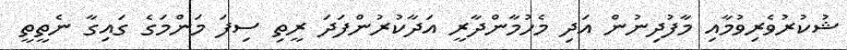
ޝުކުރުވެރިވުމާއި މާފުދިނުން އަދި މެހުމާންދާރީ އަދާކުރުންފަދަ ރީތި ސިފަ މަންމަގެ ގައިގާ ނެތީތީ